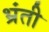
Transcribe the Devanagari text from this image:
भ्रंती